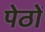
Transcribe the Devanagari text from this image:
पेठों